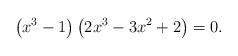
LaTeX: \begin{align*} \left(x^3-1\right)\left(2x^3-3x^2+2\right)=0.\end{align*}